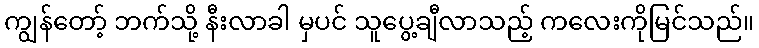
ကျွန်တော့် ဘက်သို့ နီးလာခါ မှပင် သူပွေ့ချီလာသည့် ကလေးကိုမြင်သည်။